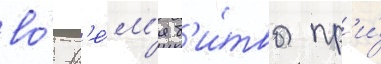
во́ вр'е́м'я б'и́твы пр'и́